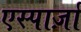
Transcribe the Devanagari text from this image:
एस्पार्ज़ा